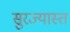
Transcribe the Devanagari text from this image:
सुरज्यास्त